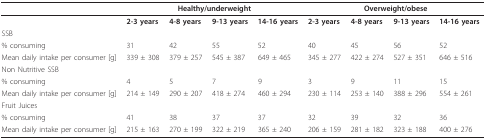
<table><thead><tr><td></td><td colspan="4"><b>Healthy/underweight</b></td><td colspan="4"><b>Overweight/obese</b></td></tr></thead><tbody><tr><td></td><td><b>2-3 years</b></td><td><b>4-8 years</b></td><td><b>9-13 years</b></td><td><b>14-16 years</b></td><td><b>2-3 years</b></td><td><b>4-8 years</b></td><td><b>9-13 years</b></td><td><b>14-16 years</b></td></tr><tr><td>SSB</td><td></td><td></td><td></td><td></td><td></td><td></td><td></td><td></td></tr><tr><td>% consuming</td><td>31</td><td>42</td><td>55</td><td>52</td><td>40</td><td>45</td><td>56</td><td>52</td></tr><tr><td>Mean daily intake per consumer [g]</td><td>339 ± 308</td><td>379 ± 257</td><td>545 ± 387</td><td>649 ± 465</td><td>345 ± 277</td><td>422 ± 274</td><td>527 ± 351</td><td>646 ± 516</td></tr><tr><td>Non Nutritive SSB</td><td></td><td></td><td></td><td></td><td></td><td></td><td></td><td></td></tr><tr><td>% consuming</td><td>4</td><td>5</td><td>7</td><td>9</td><td>3</td><td>9</td><td>11</td><td>15</td></tr><tr><td>Mean daily intake per consumer [g]</td><td>214 ± 149</td><td>290 ± 207</td><td>418 ± 274</td><td>460 ± 294</td><td>230 ± 114</td><td>253 ± 140</td><td>388 ± 296</td><td>554 ± 261</td></tr><tr><td>Fruit Juices</td><td></td><td></td><td></td><td></td><td></td><td></td><td></td><td></td></tr><tr><td>% consuming</td><td>41</td><td>38</td><td>37</td><td>37</td><td>32</td><td>39</td><td>32</td><td>36</td></tr><tr><td>Mean daily intake per consumer [g]</td><td>215 ± 163</td><td>270 ± 199</td><td>322 ± 219</td><td>365 ± 240</td><td>206 ± 159</td><td>281 ± 182</td><td>323 ± 188</td><td>400 ± 276</td></tr></tbody></table>